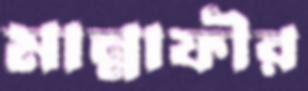
মান্নাফীর